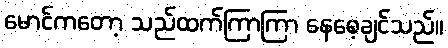
မောင်ကတော့ သည်ထက်ကြာကြာ နေစေ့ချင်သည်။